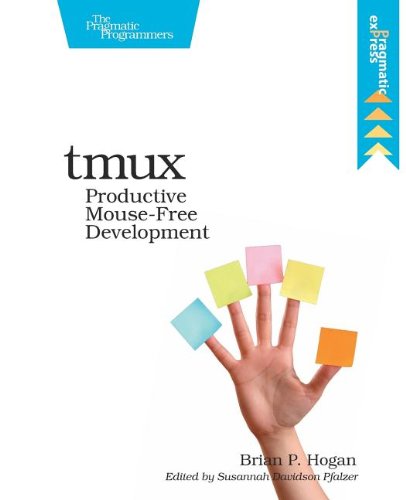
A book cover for tmux: Productive Mouse-Free Development; Brian P. Hogan; Computers & Technology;